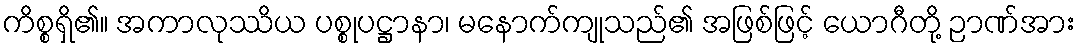
ကိစ္စရှိ၏။ အကာလုဿိယ ပစ္စုပဋ္ဌာနာ၊ မနောက်ကျုသည်၏ အဖြစ်ဖြင့် ယောဂီတို့ ဉာဏ်အား